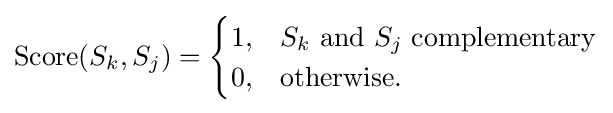
{\text{Score}}(S_{k},S_{j})={\begin{cases}1,&S_{k}{\text{ and }}S_{j}{\text{ complementary}}\\0,&{\text{otherwise.}}\end{cases}}